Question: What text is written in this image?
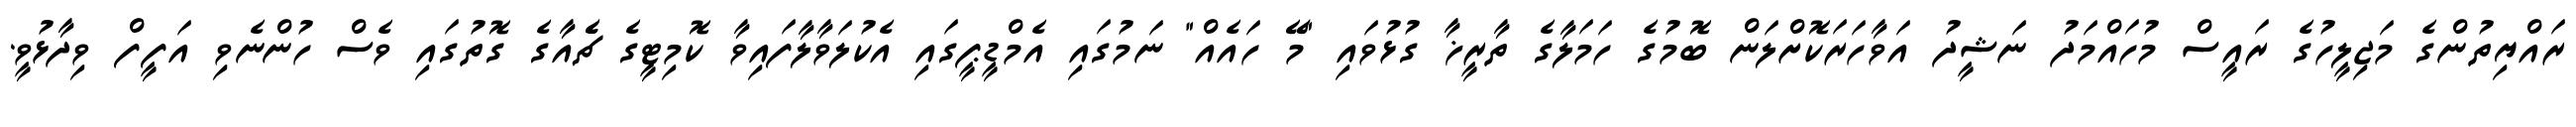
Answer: ރައްޔިތުންގެ މަޖިލީހުގެ ރައީސް މުހައްމަދު ނަޝީދު އަވާހަރަކޮށްލަން ބޮމުގެ ހަމަލާގެ ތާރީޚާ ގުޅުވައި "މޭ ހައެއް" ނަމުގައި އެމްޑީޕީގައި އެކުލަވާލާފައިވާ ކޮމިޓީގެ ޗެެއާގެ ގޮތުގައި ވެސް ހުންނެވި އަފީފް ވިދާޅުވީ.